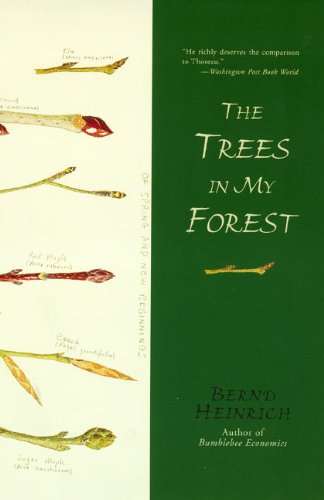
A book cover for The Trees in My Forest; Bernd Heinrich; Science & Math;